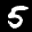
Digit: 5